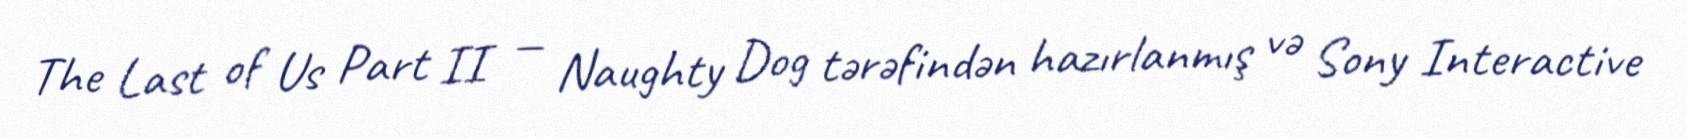
The Last of Us Part II — Naughty Dog tərəfindən hazırlanmış və Sony Interactive